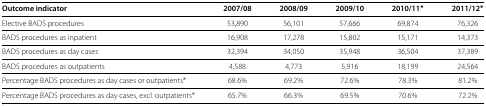
<table><thead><tr><td><b>Outcome indicator</b></td><td><b>2007/08</b></td><td><b>2008/09</b></td><td><b>2009/10</b></td><td><b>2010/11<sup>∗</sup></b></td><td><b>2011/12<sup>∗</sup></b></td></tr></thead><tbody><tr><td>Elective BADS procedures</td><td>53,890</td><td>56,101</td><td>57,666</td><td>69,874</td><td>76,326</td></tr><tr><td>BADS procedures as inpatient</td><td>16,908</td><td>17,278</td><td>15,802</td><td>15,171</td><td>14,373</td></tr><tr><td>BADS procedures as day cases</td><td>32,394</td><td>34,050</td><td>35,948</td><td>36,504</td><td>37,389</td></tr><tr><td>BADS procedures as outpatients</td><td>4,588</td><td>4,773</td><td>5,916</td><td>18,199</td><td>24,564</td></tr><tr><td>Percentage BADS procedures as day cases or outpatients <sup>∗</sup></td><td>68.6%</td><td>69.2%</td><td>72.6%</td><td>78.3%</td><td>81.2%</td></tr><tr><td>Percentage BADS procedures as day cases, excl. outpatients <sup>∗</sup></td><td>65.7%</td><td>66.3%</td><td>69.5%</td><td>70.6%</td><td>72.2%</td></tr></tbody></table>